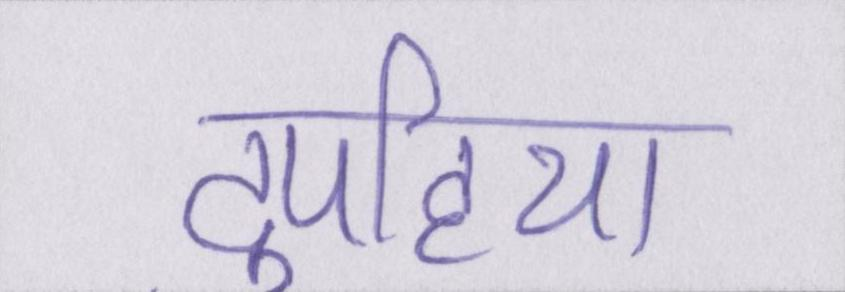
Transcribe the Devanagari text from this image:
दुपहिया